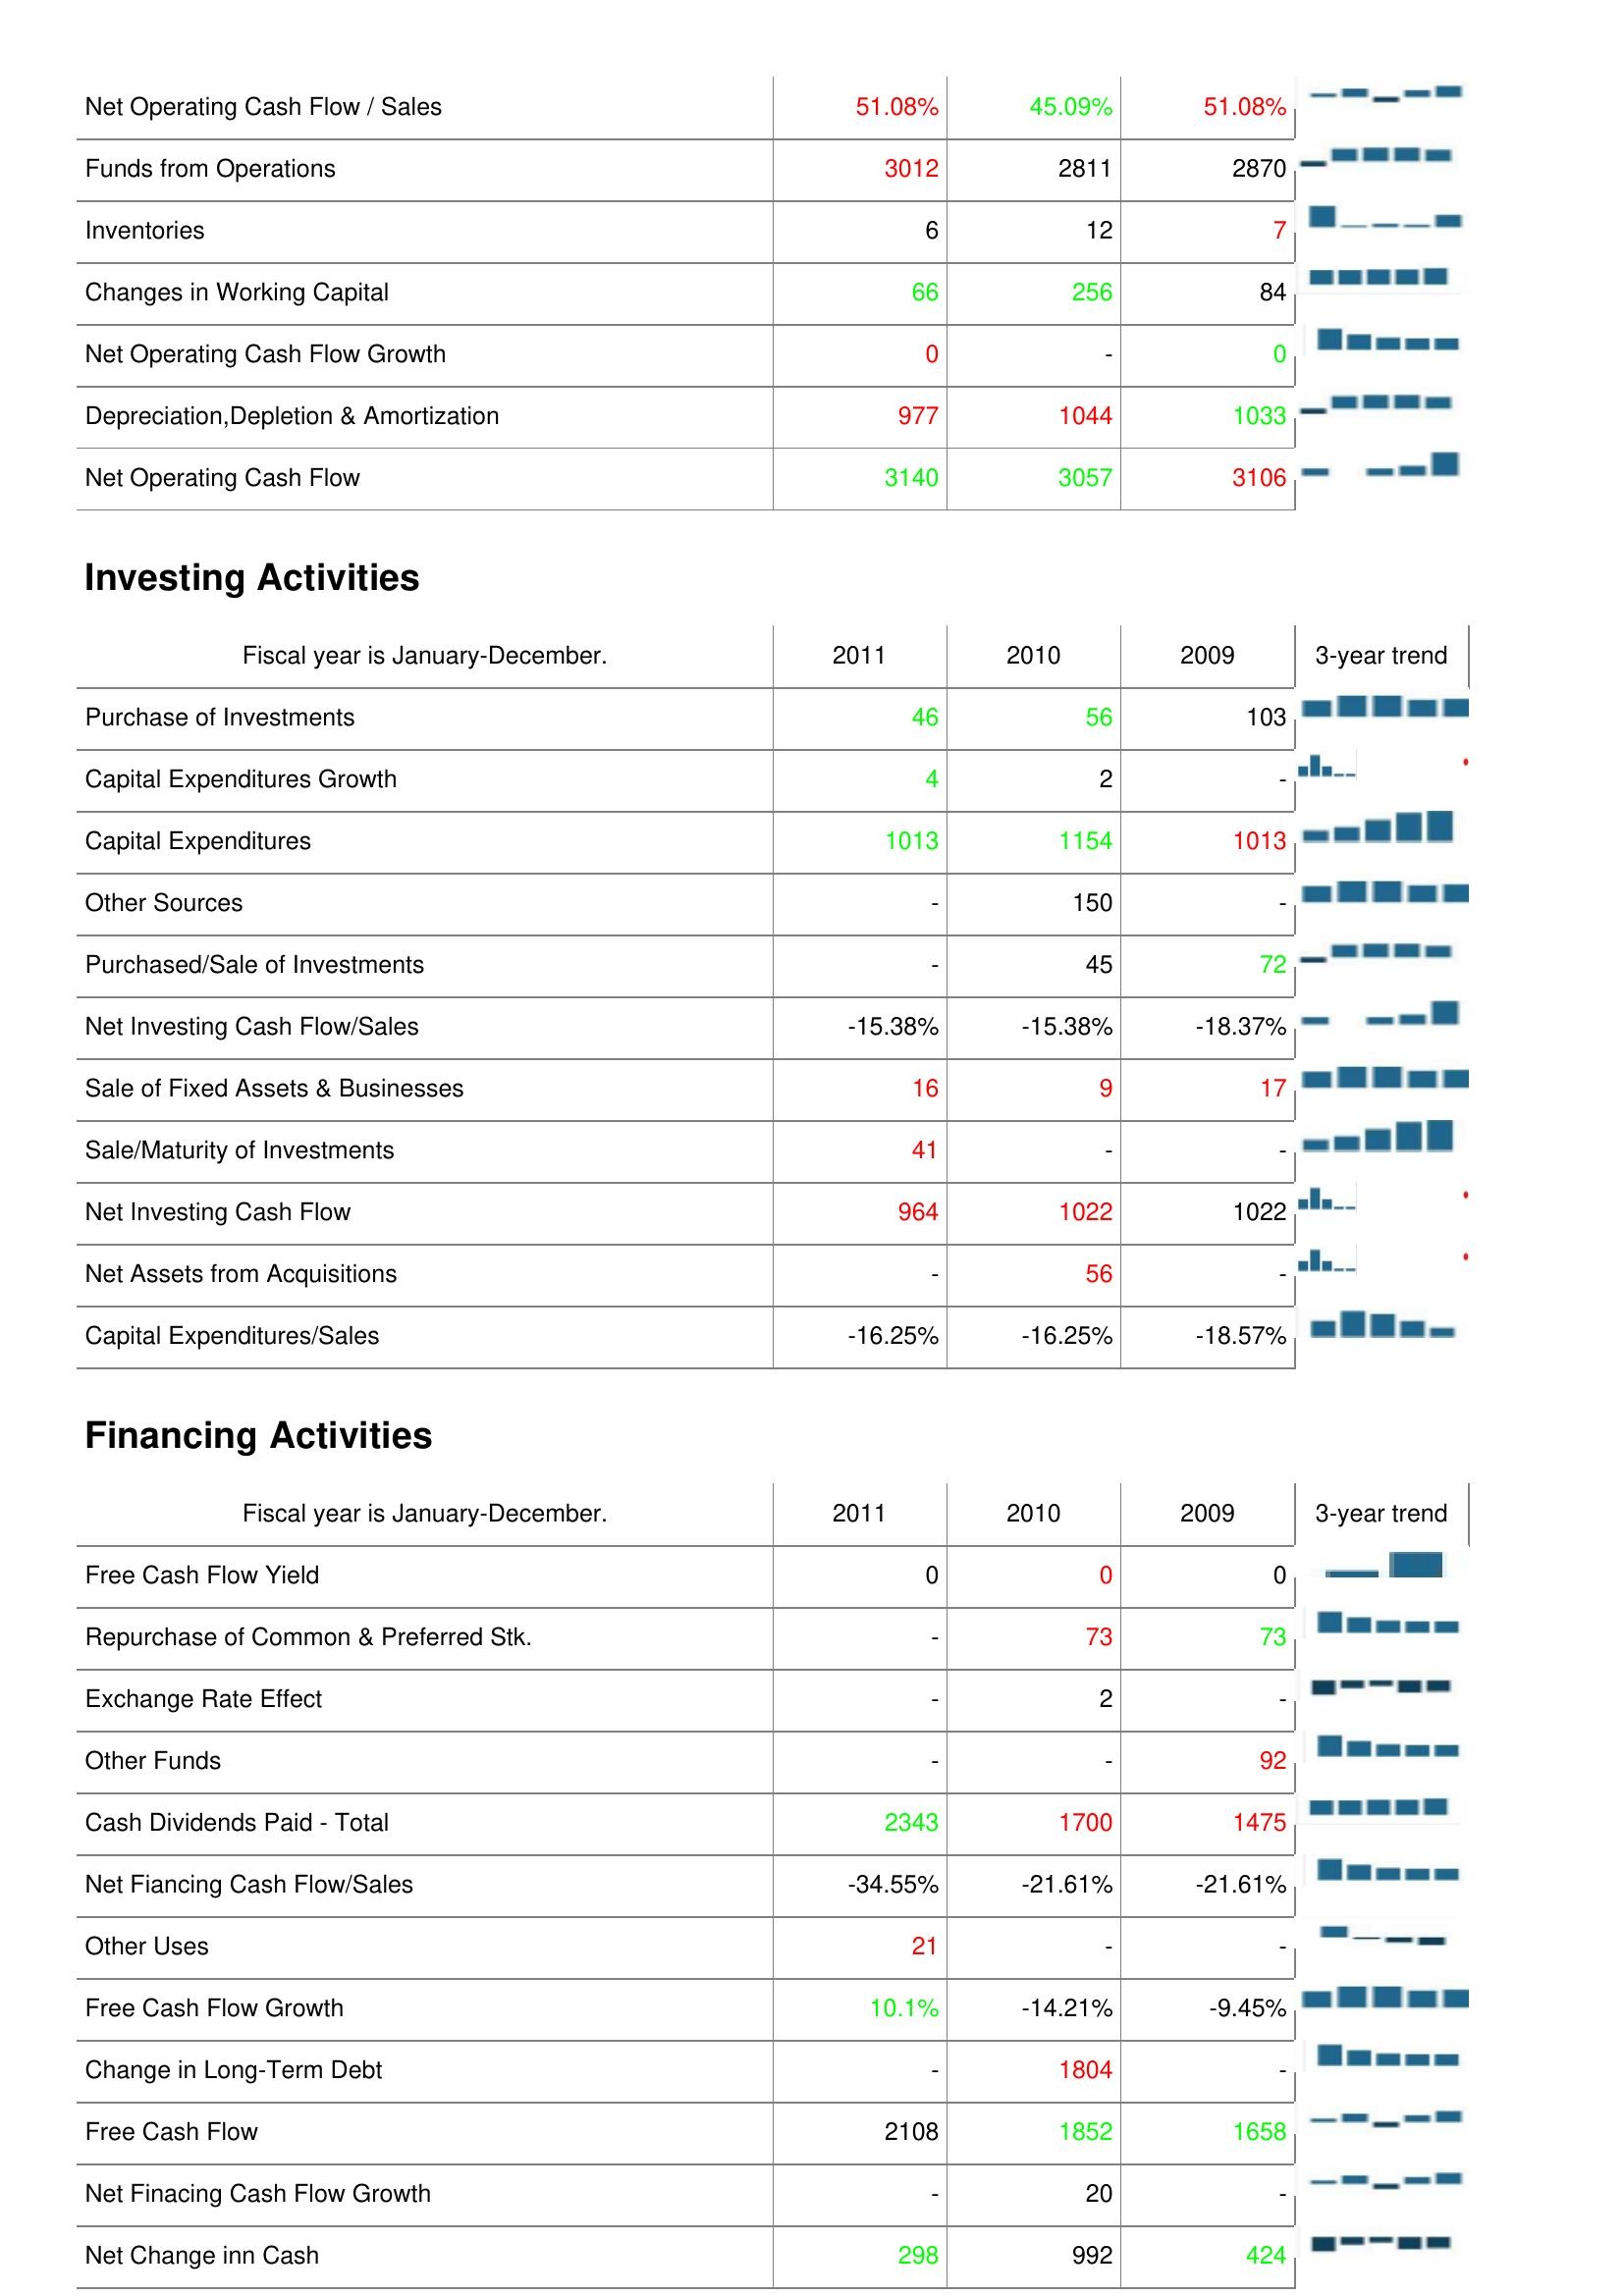
2011: Operating Activities: Net Operating Cash Flow / Sales: 51.08%
Funds from Operations: 3012
Inventories: 6
Changes in Working Capital: 66
Net Operating Cash Flow Growth: 0
Depreciation,Depletion & Amortization: 977
Net Operating Cash Flow: 3140
Investing Activities: Purchase of Investments: 46
Capital Expenditures Growth: 4
Capital Expenditures: 1013
Other Sources: -
Purchased/Sale of Investments: -
Net Investing Cash Flow/Sales: -15.38%
Sale of Fixed Assets & Businesses: 16
Sale/Maturity of Investments: 41
Net Investing Cash Flow: 964
Net Assets from Acquisitions: -
Capital Expenditures/Sales: -16.25%
Financing Activities: Free Cash Flow Yield: 0
Repurchase of Common & Preferred Stk.: -
Exchange Rate Effect: -
Other Funds: -
Cash Dividends Paid - Total: 2343
Net Fiancing Cash Flow/Sales: -34.55%
Other Uses: 21
Free Cash Flow Growth: 10.1%
Change in Long-Term Debt: -
Free Cash Flow: 2108
Net Finacing Cash Flow Growth: -
Net Change inn Cash: 298
2010: Operating Activities: Net Operating Cash Flow / Sales: 45.09%
Funds from Operations: 2811
Inventories: 12
Changes in Working Capital: 256
Net Operating Cash Flow Growth: -
Depreciation,Depletion & Amortization: 1044
Net Operating Cash Flow: 3057
Investing Activities: Purchase of Investments: 56
Capital Expenditures Growth: 2
Capital Expenditures: 1154
Other Sources: 150
Purchased/Sale of Investments: 45
Net Investing Cash Flow/Sales: -15.38%
Sale of Fixed Assets & Businesses: 9
Sale/Maturity of Investments: -
Net Investing Cash Flow: 1022
Net Assets from Acquisitions: 56
Capital Expenditures/Sales: -16.25%
Financing Activities: Free Cash Flow Yield: 0
Repurchase of Common & Preferred Stk.: 73
Exchange Rate Effect: 2
Other Funds: -
Cash Dividends Paid - Total: 1700
Net Fiancing Cash Flow/Sales: -21.61%
Other Uses: -
Free Cash Flow Growth: -14.21%
Change in Long-Term Debt: 1804
Free Cash Flow: 1852
Net Finacing Cash Flow Growth: 20
Net Change inn Cash: 992
2009: Operating Activities: Net Operating Cash Flow / Sales: 51.08%
Funds from Operations: 2870
Inventories: 7
Changes in Working Capital: 84
Net Operating Cash Flow Growth: 0
Depreciation,Depletion & Amortization: 1033
Net Operating Cash Flow: 3106
Investing Activities: Purchase of Investments: 103
Capital Expenditures Growth: -
Capital Expenditures: 1013
Other Sources: -
Purchased/Sale of Investments: 72
Net Investing Cash Flow/Sales: -18.37%
Sale of Fixed Assets & Businesses: 17
Sale/Maturity of Investments: -
Net Investing Cash Flow: 1022
Net Assets from Acquisitions: -
Capital Expenditures/Sales: -18.57%
Financing Activities: Free Cash Flow Yield: 0
Repurchase of Common & Preferred Stk.: 73
Exchange Rate Effect: -
Other Funds: 92
Cash Dividends Paid - Total: 1475
Net Fiancing Cash Flow/Sales: -21.61%
Other Uses: -
Free Cash Flow Growth: -9.45%
Change in Long-Term Debt: -
Free Cash Flow: 1658
Net Finacing Cash Flow Growth: -
Net Change inn Cash: 424